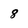
Character: 8